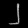
Digit: ၂